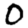
Digit: 0